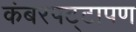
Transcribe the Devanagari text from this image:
कंबरपट्टापण